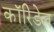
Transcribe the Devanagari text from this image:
कॉरिडेल